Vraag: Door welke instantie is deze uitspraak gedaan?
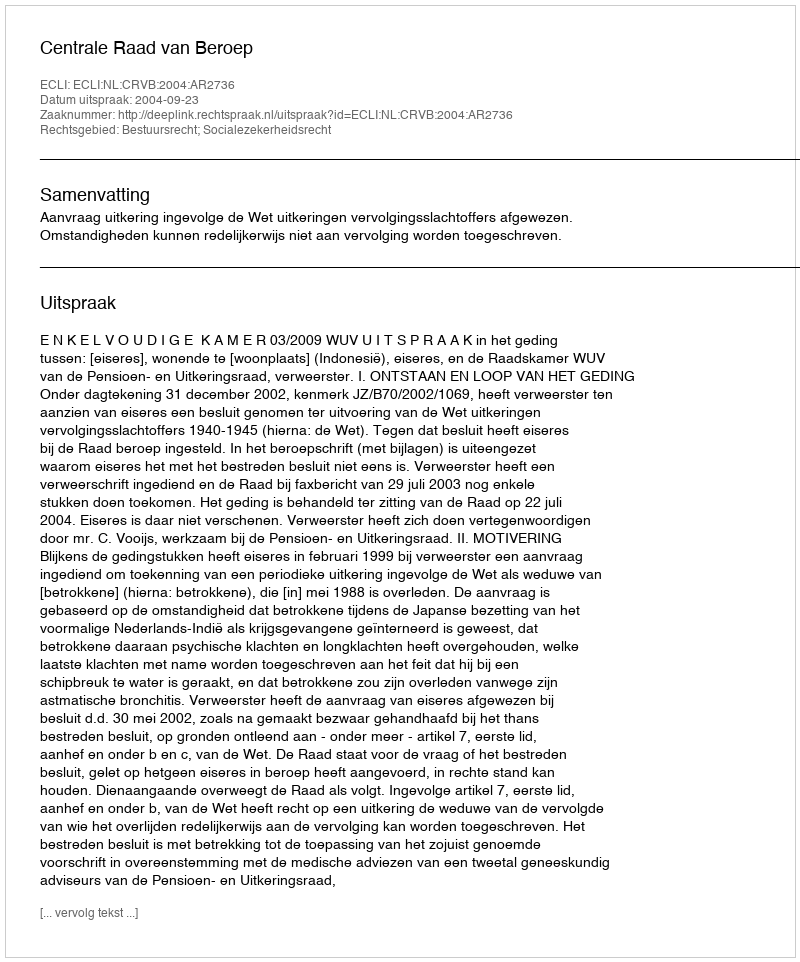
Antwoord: Centrale Raad van Beroep